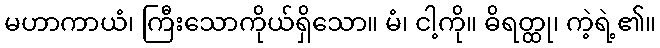
မဟာကာယံ၊ ကြီးသောကိုယ်ရှိသော။ မံ၊ ငါ့ကို။ ဓိရတ္ထု၊ ကဲ့ရဲ့၏။